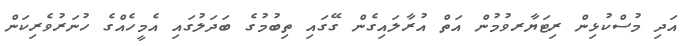
އަދި މުސްކުޅިން ރިޓަޔާރވުމުން އަތް އުރާލައިގެން ގޭގައި ތިބުމުގެ ބަދަލުގައި އެމީހެއްގެ ހުނަރުވެރިކަން